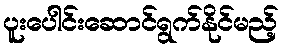
ပူးပေါင်းဆောင်ရွက်နိုင်မည့်